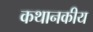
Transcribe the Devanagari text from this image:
कथानकीय